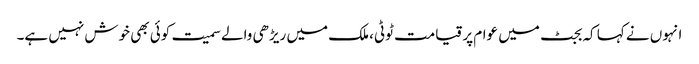
انہوں نے کہا کہ بجٹ میں عوام پر قیامت ٹوٹی، ملک میں ریڑھی والے سمیت کوئی بھی خوش نہیں ہے۔